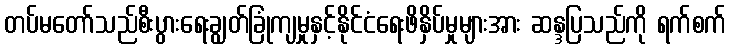
တပ်မတော်သည်စီးပွားရေးချွတ်ခြုံကျမှုနှင့်နိုင်ငံရေးဖိနှိပ်မှုများအား ဆန္ဒပြသည်ကို ရက်စက်